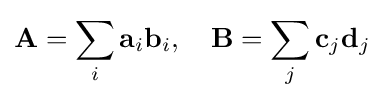
\mathbf {A} =\sum _{i}\mathbf {a} _{i}\mathbf {b} _{i},\quad \mathbf {B} =\sum _{j}\mathbf {c} _{j}\mathbf {d} _{j}